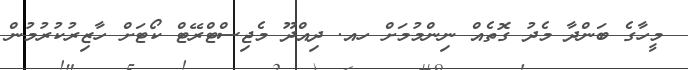
މީހާގެ ބަންދާ މެދު ގޮތެއް ނިންމުމަށް ހއ. ދިއްދޫ މެޖިސްޓްރޭޓް ކޯޓަށް ހާޒިރުކުރުމުން